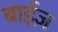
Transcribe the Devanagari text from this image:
बाईज़